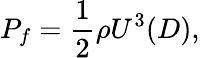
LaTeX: {P_{f}}=\frac{1}{2}\rho{U^{3}}(D),